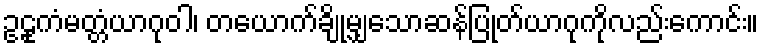
ဥဠုကံမတ္တံယာဂုဝါ၊ တယောက်ချို့မျှသောဆန်ပြုတ်ယာဂုကိုလည်းကောင်း။